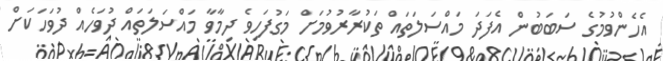
އެހެންވުމުގެ ސަބަބުން އެފަދަ މައްސަލަތައް ތަކުރާރުވުމަށް މަގުފަހިވެ ދިމާވާ މައްސަލަތައް ދުވަހެއް ދުވަހަކަށް